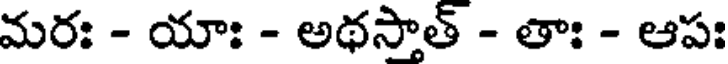
మరః - యాః - అథసాత్ - తాః - ఆపః